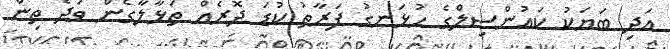
އަދި ބަޔަކު ކައުންސިލްގެ ހުޅަނގު ފަރާތު ކުޑަ ދޮރެއް ތަޅާލާގެން ވަދެ ތިން